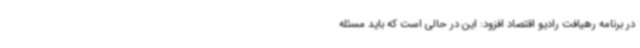
در برنامه رهیافت رادیو اقتصاد افزود: این در حالی است که باید مسئله